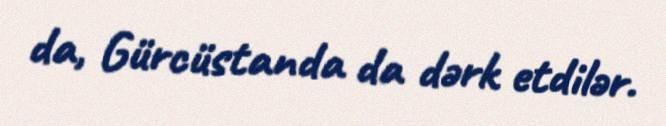
da, Gürcüstanda da dərk etdilər.